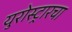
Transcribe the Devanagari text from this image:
युरोस्ट्रारचा